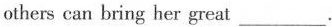
others can bring her great ___.